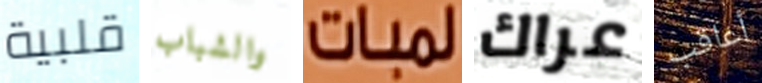
قلبية والشباب لمبات عراك أعاقب